Plague in India, 1896, 1897 - Volume 1
Year: 1896
Disease focus: Plague
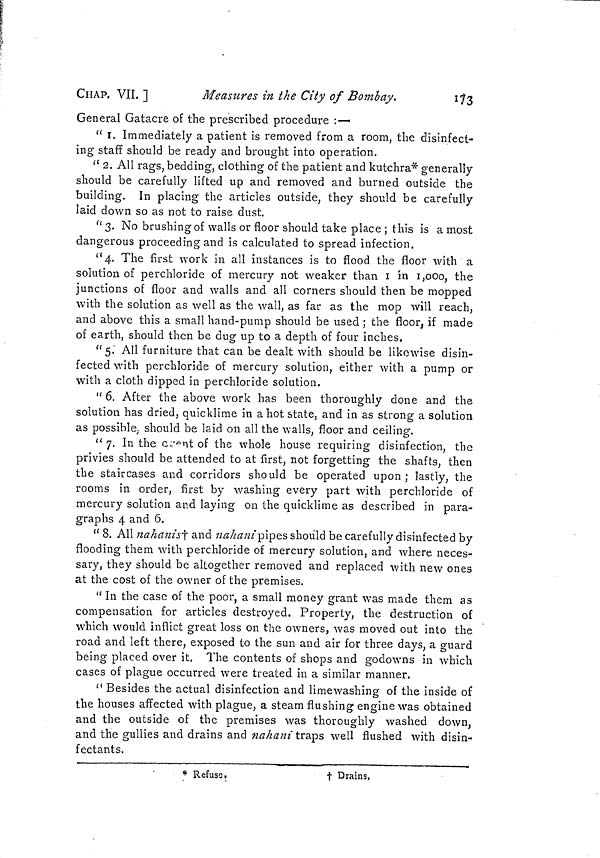
CHAP. VII. ]
Measures in the City of Bombay,
173
General Gatacre of the prescribed procedure :-—
" I. Immediately a patient is removed from a room, the disinfect-
ing staff should be ready and brought into operation.
" 2. All rags, bedding, clothing of the patient and kutchra* generally
should be carefully lifted up and removed and burned outside the
building. In placing the articles outside, they should be carefully
laid down so as not to raise dust.
" 3. No brushing of walls or floor should take place ; this is a most
dangerous proceeding and is calculated to spread infection.
"4. The first work in all instances is to flood the floor with a
solution of perchloride of mercury not weaker than 1 in 1,000, the
junctions of floor and walls and all corners should then be mopped
with the solution as well as the wall, as far as the mop will reach,
and above this a small hand-pump should be used ; the floor, if made
of earth, should then be dug up to a depth of four inches.
"5." All furniture that can be dealt with should be likewise disin-
fected with perchloride of mercury solution, either with a pump or
with a cloth dipped in perchloride solution.
" 6. After the above work has been thoroughly done and the
solution has dried, quicklime in a hot state, and in as strong a solution
as possible, should be laid on all the walls, floor and ceiling.
" 7. In the crent of the whole house requiring disinfection, the
privies should be attended to at first, not forgetting the shafts, then
the staircases and corridors should be operated upon ; lastly, the
rooms in order, first by washing every part with perchloride of
mercury solution and laying on the quicklime as described in para-
graphs 4 and 6.
"8. All nahanis† and nahani pipes should be carefully disinfected by
flooding them with perchloride of mercury solution, and where neces-
sary, they should be altogether removed and replaced with new ones
at the cost of the owner of the premises.
" In the case of the poor, a small money grant was made them as
compensation for articles destroyed. Property, the destruction of
which would inflict great loss on the owners, was moved out into the
road and left there, exposed to the sun and air for three days, a guard
being placed over it. The contents of shops and godowns in which
cases of plague occurred were treated in a similar manner.
" Besides the actual disinfection and limewashing of the inside of
the houses affected with plague, a steam flushing engine was obtained
and the outside of the premises was thoroughly washed down,
and the gullies and drains and nahani traps well flushed with disin-
fectants.
* Refuse.
† Drains,